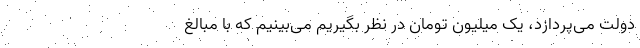
دولت می‌پردازد، یک میلیون تومان در نظر بگیریم می‌بینیم که با مبالغ